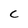
Character: C